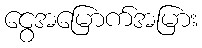
ငွေအမြောက်အမြား